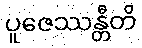
ပူဇေဿန္တီတိ